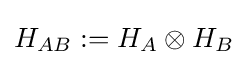
H_{AB}:=H_{A}\otimes H_{B}